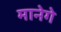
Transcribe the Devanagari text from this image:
मानेगे